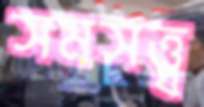
সমসত্ত্ব